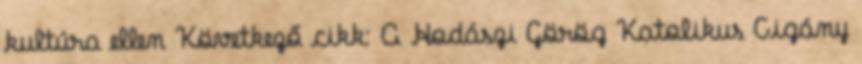
kultúra ellen Következő cikk: A Hodászi Görög Katolikus Cigány